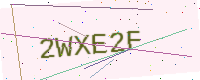
Text: 2WXE2F